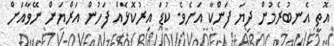
އޮތީ އެނބުރެމުން ދިޔަ ފަންކާ އަށެވެ. ކުޑަ އިރުކޮޅެއް ފަހުން އަރްޔަން ނޭވާއަށް